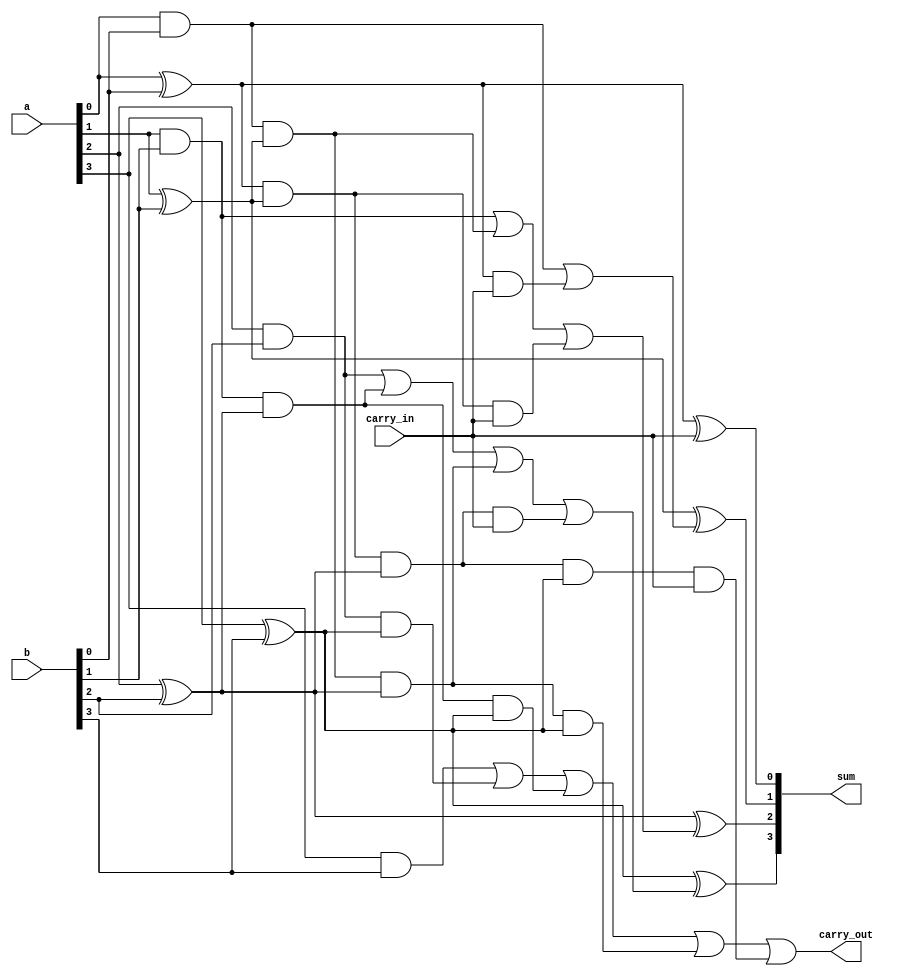
//4-bit carry lookahead adder
module carry_lookahead_adder(
	input [3:0] a,
	input [3:0] b,
	input carry_in,
	output [3:0] sum,
	output carry_out
	);
	
	wire p0, p1, p2, p3;		 //carry propgate
	wire g0, g1, g2, g3;		 //carry generate
	wire c0, c1, c2;	  //internal carry
	
	assign p0 = (a[0] ^ b[0]);
	assign p1 = (a[1] ^ b[1]);
	assign p2 = (a[2] ^ b[2]);
	assign p3 = (a[3] ^ b[3]);
	
	assign g0 = (a[0] & b[0]);
	assign g1 = (a[1] & b[1]);
	assign g2 = (a[2] & b[2]);
	assign g3 = (a[3] & b[3]);
	
	assign c0 = (g0 | (p0 & carry_in));
	assign c1 = (g1 | (g0 & p1) | (p0 & p1 & carry_in));
	assign c2 = (g2 | (g1 & p2) | (g0 & p1 & p2) | (p0 & p1 & p2 & carry_in));
	assign carry_out = (g3 | (g2 & p3) | (g1 & p2 & p3) | (g0 & p1 & p2 & p3) | (p0 & p1 & p2 & p3 & carry_in));
	
	assign sum = {p3^c2, p2^c1, p1^c0, p0^carry_in};
	
endmodule